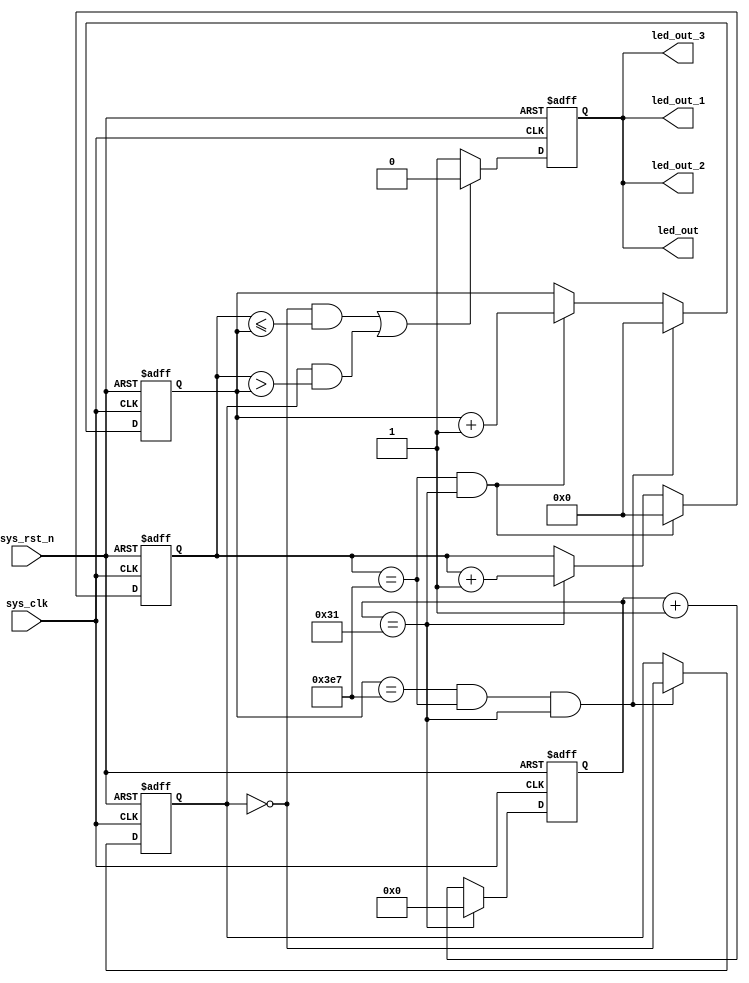
module  breath_led
#(
    parameter   CNT_1US_MAX = 6'd49,
    parameter   CNT_1MS_MAX = 10'd999,
    parameter   CNT_1S_MAX = 10'd999
)
(
    input   wire    sys_clk     ,
    input   wire    sys_rst_n   ,
    
    output  reg     led_out     ,
    output  wire    led_out_1   ,
    output  wire    led_out_2   ,
    output  wire    led_out_3
);

reg     [9:0]   cnt_1s  ;
reg     [9:0]   cnt_1ms ;
reg     [5:0]   cnt_1us ;
reg             cnt_en  ;

always@(posedge sys_clk or negedge sys_rst_n)
    if(sys_rst_n == 1'b0)
        cnt_1us <= 6'd0;
    else    if(cnt_1us == CNT_1US_MAX)
        cnt_1us <= 6'd0;
    else
        cnt_1us <= cnt_1us + 6'd1;
        
always@(posedge sys_clk or negedge sys_rst_n)
    if(sys_rst_n == 1'b0)
        cnt_1ms <= 10'd0;
    else    if(cnt_1ms == CNT_1MS_MAX && cnt_1us == CNT_1US_MAX)
        cnt_1ms <= 10'd0;
    else    if(cnt_1us == CNT_1US_MAX)
        cnt_1ms <= cnt_1ms + 10'd1;
    else
        cnt_1ms <= cnt_1ms;

always@(posedge sys_clk or negedge sys_rst_n)
    if(sys_rst_n == 1'b0)
        cnt_1s <= 10'd0;
    else    if(cnt_1s == CNT_1S_MAX && cnt_1ms == CNT_1MS_MAX && cnt_1us == CNT_1US_MAX)
        cnt_1s <= 10'd0;
    else    if(cnt_1ms == CNT_1MS_MAX && cnt_1us == CNT_1US_MAX)
        cnt_1s <= cnt_1s + 10'd1;
    else
        cnt_1s <= cnt_1s;

always@(posedge sys_clk or negedge sys_rst_n)
    if(sys_rst_n == 1'b0)
        cnt_en <= 1'b0;
    else    if(cnt_1s == CNT_1S_MAX && cnt_1ms == CNT_1MS_MAX && cnt_1us == CNT_1US_MAX)
        cnt_en <= ~cnt_en;
    else
        cnt_en <= cnt_en;

always@(posedge sys_clk or negedge sys_rst_n)
    if(sys_rst_n == 1'b0)
        led_out <= 1'b1;
    else    if((cnt_en ==1'b0 && cnt_1ms <= cnt_1s) 
            || (cnt_en ==1'b1 && cnt_1ms > cnt_1s))
        led_out <= 1'b0;
    else
        led_out <= 1'b1;      

assign led_out_1 = led_out;
assign led_out_2 = led_out;
assign led_out_3 = led_out;
       
endmodule